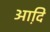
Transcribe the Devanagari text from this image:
आदि़